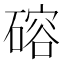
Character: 𪿮